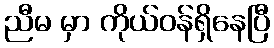
ညီမ မှာ ကိုယ်ဝန်ရှိနေပြီ